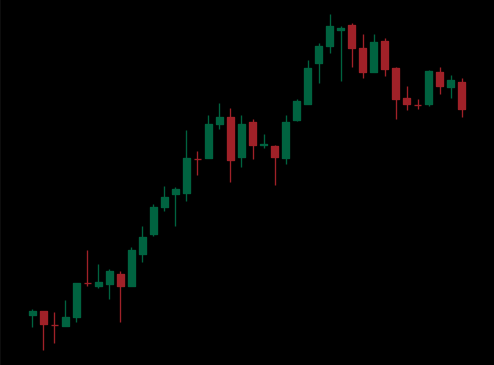
Pattern: bear_flag